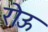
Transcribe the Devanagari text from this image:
रोऊ